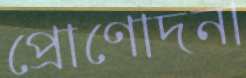
প্রোণোদনা